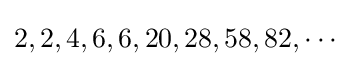
2,2,4,6,6,20,28,58,82,\cdots